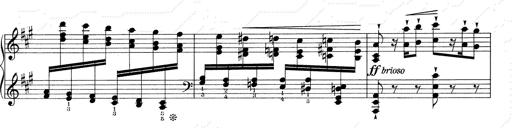
Title: RÃ©miniscences de Don Juan
Composer: Franz Liszt